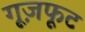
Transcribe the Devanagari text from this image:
गूज़फूट